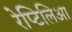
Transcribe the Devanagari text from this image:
रेप्टिलिआ